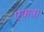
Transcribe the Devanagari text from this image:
एकत्र।